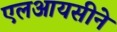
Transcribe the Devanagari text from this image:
एलआयसीने